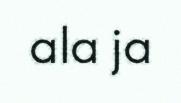
ala ja